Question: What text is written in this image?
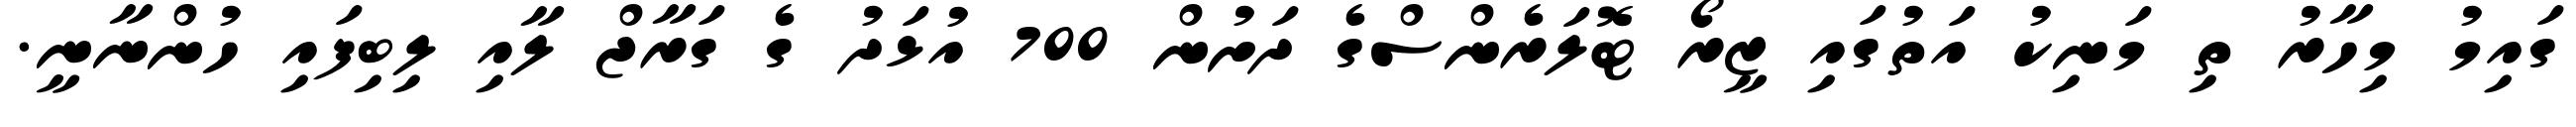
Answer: ގައިމު މިހާރު ތި މަނިކު އަތުގައި ޒީރޯ ޓޮލަރެންސްގެ ދަށުން 700 އުޅަދު ގެ ގަރާޖް ލާއި ލިބިފައި ހުންނާނީ.